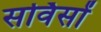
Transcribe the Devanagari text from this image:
सर्विसों